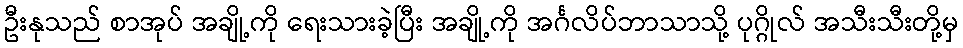
ဦးနုသည် စာအုပ် အချို့ကို ရေးသားခဲ့ပြီး အချို့ကို အင်္ဂလိပ်ဘာသာသို့ ပုဂ္ဂိုလ် အသီးသီးတို့မှ